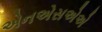
એનએસએએ